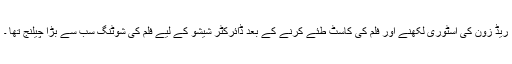
ریڈ زون کی اسٹوری لکھنے اور فلم کی کاسٹ طئے کرنے کے بعد ڈائرکٹر شیشو کے لیے فلم کی شوٹنگ سب سے بڑا چیلنج تھا ۔